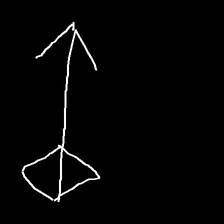
Glyph: focus